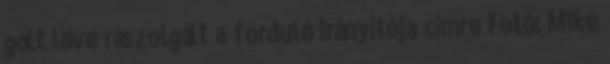
gólt lőve rászolgált a forduló irányítója címre Fotó: Mike